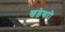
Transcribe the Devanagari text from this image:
खड़ेश्वरी